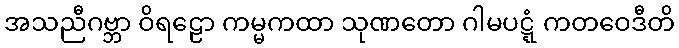
အသညီဂဗ္ဘာ ဝိရဠော ကမ္မကထာ သုဏတော ဂါမပဋ္ဋံ ကတဝေဒီတိ